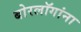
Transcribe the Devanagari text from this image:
बोरलॉगांना